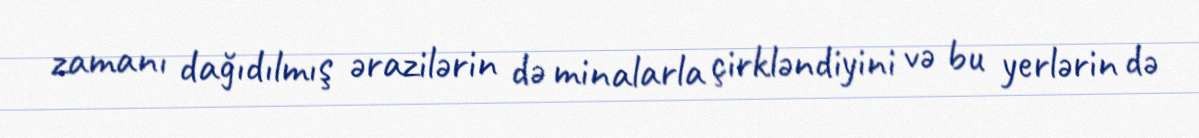
zamanı dağıdılmış ərazilərin də minalarla çirkləndiyini və bu yerlərin də